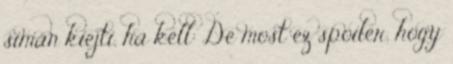
simán kiejti, ha kell: De most ez spoiler, hogy